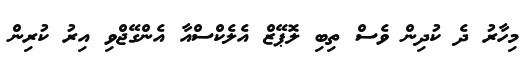
މިހާރު ދެ ކުދިން ވެސް ތިބި ލޮޕޭޒް އެލެކްސްއާ އެންގޭޖްވި އިރު ކުރިން